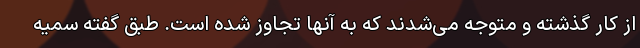
از کار گذشته و متوجه می‌شدند که به آنها تجاوز شده است. طبق گفته سمیه